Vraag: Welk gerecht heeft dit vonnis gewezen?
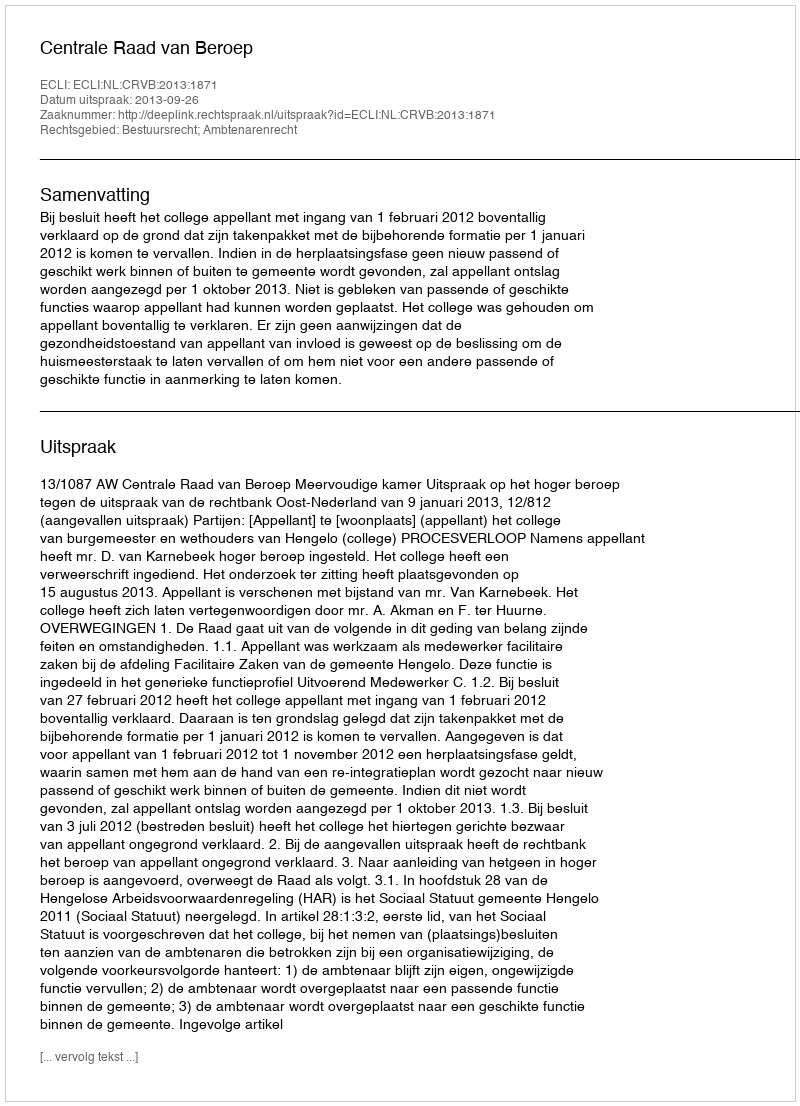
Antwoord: Centrale Raad van Beroep